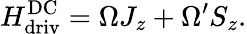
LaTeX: H_{\mathrm{dr\mathrm{i}v}}^{\mathrm{DC}}=\Omega J_{z}+\Omega^{\prime}S_{z}.